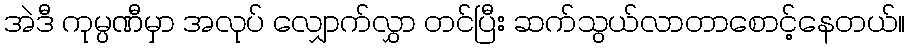
အဲဒီ ကုမ္ပဏီမှာ အလုပ် လျှောက်လွှာ တင်ပြီး ဆက်သွယ်လာတာစောင့်နေတယ်။